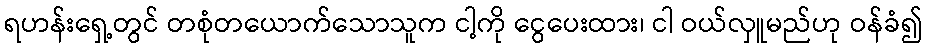
ရဟန်းရှေ့တွင် တစုံတယောက်သောသူက ငါ့ကို ငွေပေးထား၊ ငါ ဝယ်လှူမည်ဟု ဝန်ခံ၍